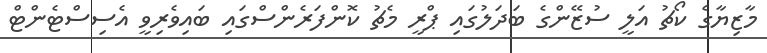
މާޒިޔާގެ ކޯޗު އަލީ ސުޒޭންގެ ބަދަލުގައި ޕްރީ މެޗު ކޮންފަރެންސްގައި ބައިވެރިވީ އެސިސްޓެންޓް